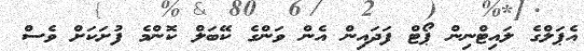
އެޕަލްގެ ލައިޓްނިން ޕޯޓް ފަދައިން އެން ވަންގެ ކޭބަލް ކޮންމެ ފުށަކަށް ވެސް